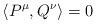
\begin{align*}\left\langle P^{\mu },Q^{\nu }\right\rangle =0\end{align*}